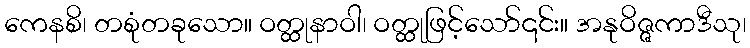
ကေနစိ၊ တစုံတခုသော။ ဝတ္ထုနာဝါ၊ ဝတ္ထုဖြင့်သော်၎င်း။ အနုဝိဇ္ဇကာဒီသု၊